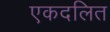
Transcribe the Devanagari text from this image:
एकदलित